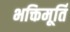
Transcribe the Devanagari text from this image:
भक्तिमूर्ति